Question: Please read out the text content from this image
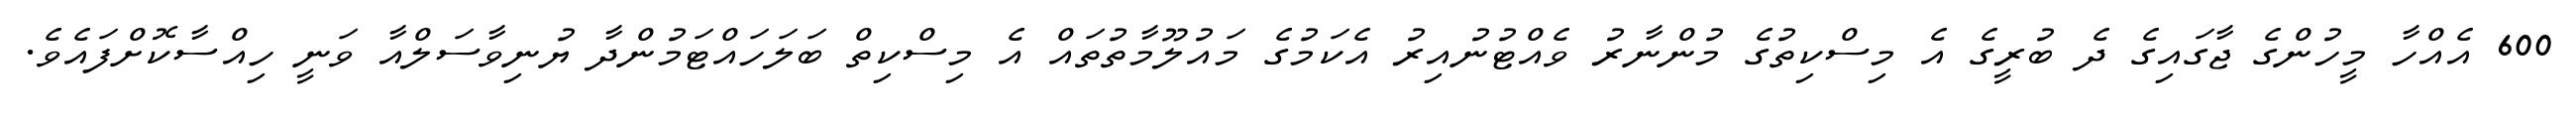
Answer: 600 އެއްހާ މީހުންގެ ޖާގައިގެ ދެ ބުރީގެ އެ މިސްކިތުގެ މުންނާރު ވެއްޓުނުއިރު އެކަމުގެ މައުލޫމާތުތައް އެ މިސްކިތް ބަލަހައްޓަމުންދާ ޔުނިވާސަލްއާ ވަނީ ހިއްސާކޮށްފައެވެ.